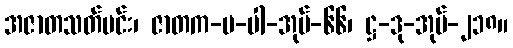
အဇာတသတ်မင်း၊ ဇာတက-ပ-ပါ-အုပ်-၆၆၊ ဋ္ဌ-ဒု-အုပ်-၂၁၈။